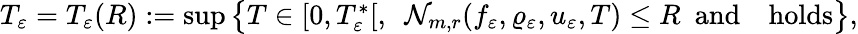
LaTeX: \begin{array}{r}{T_{\varepsilon}=T_{\varepsilon}(R):=\operatorname*{sup}\big\lbrace T\in[0,T_{\varepsilon}^{\ast}[,\ \ \mathcal{N}_{m,r}(f_{\varepsilon},\varrho_{\varepsilon},u_{\varepsilon},T)\leq R\ \ \mathrm{and}\ \ \ \ \mathrm{holds}\big\rbrace,}\end{array}